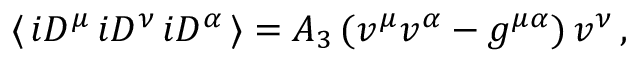
\langle \, i D ^ { \mu } \, i D ^ { \nu } \, i D ^ { \alpha } \, \rangle = A _ { 3 } \, ( v ^ { \mu } v ^ { \alpha } - g ^ { \mu \alpha } ) \, v ^ { \nu } \, ,